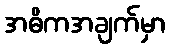
အဓိကအချက်မှာ